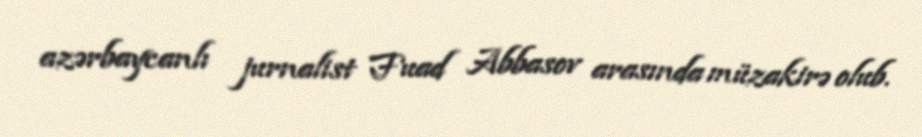
azərbaycanlı jurnalist Fuad Abbasov arasında müzakirə olub.